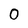
Character: 0